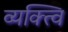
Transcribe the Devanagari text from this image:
व्यक्त्वि